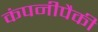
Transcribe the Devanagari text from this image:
कंपनीपैकी